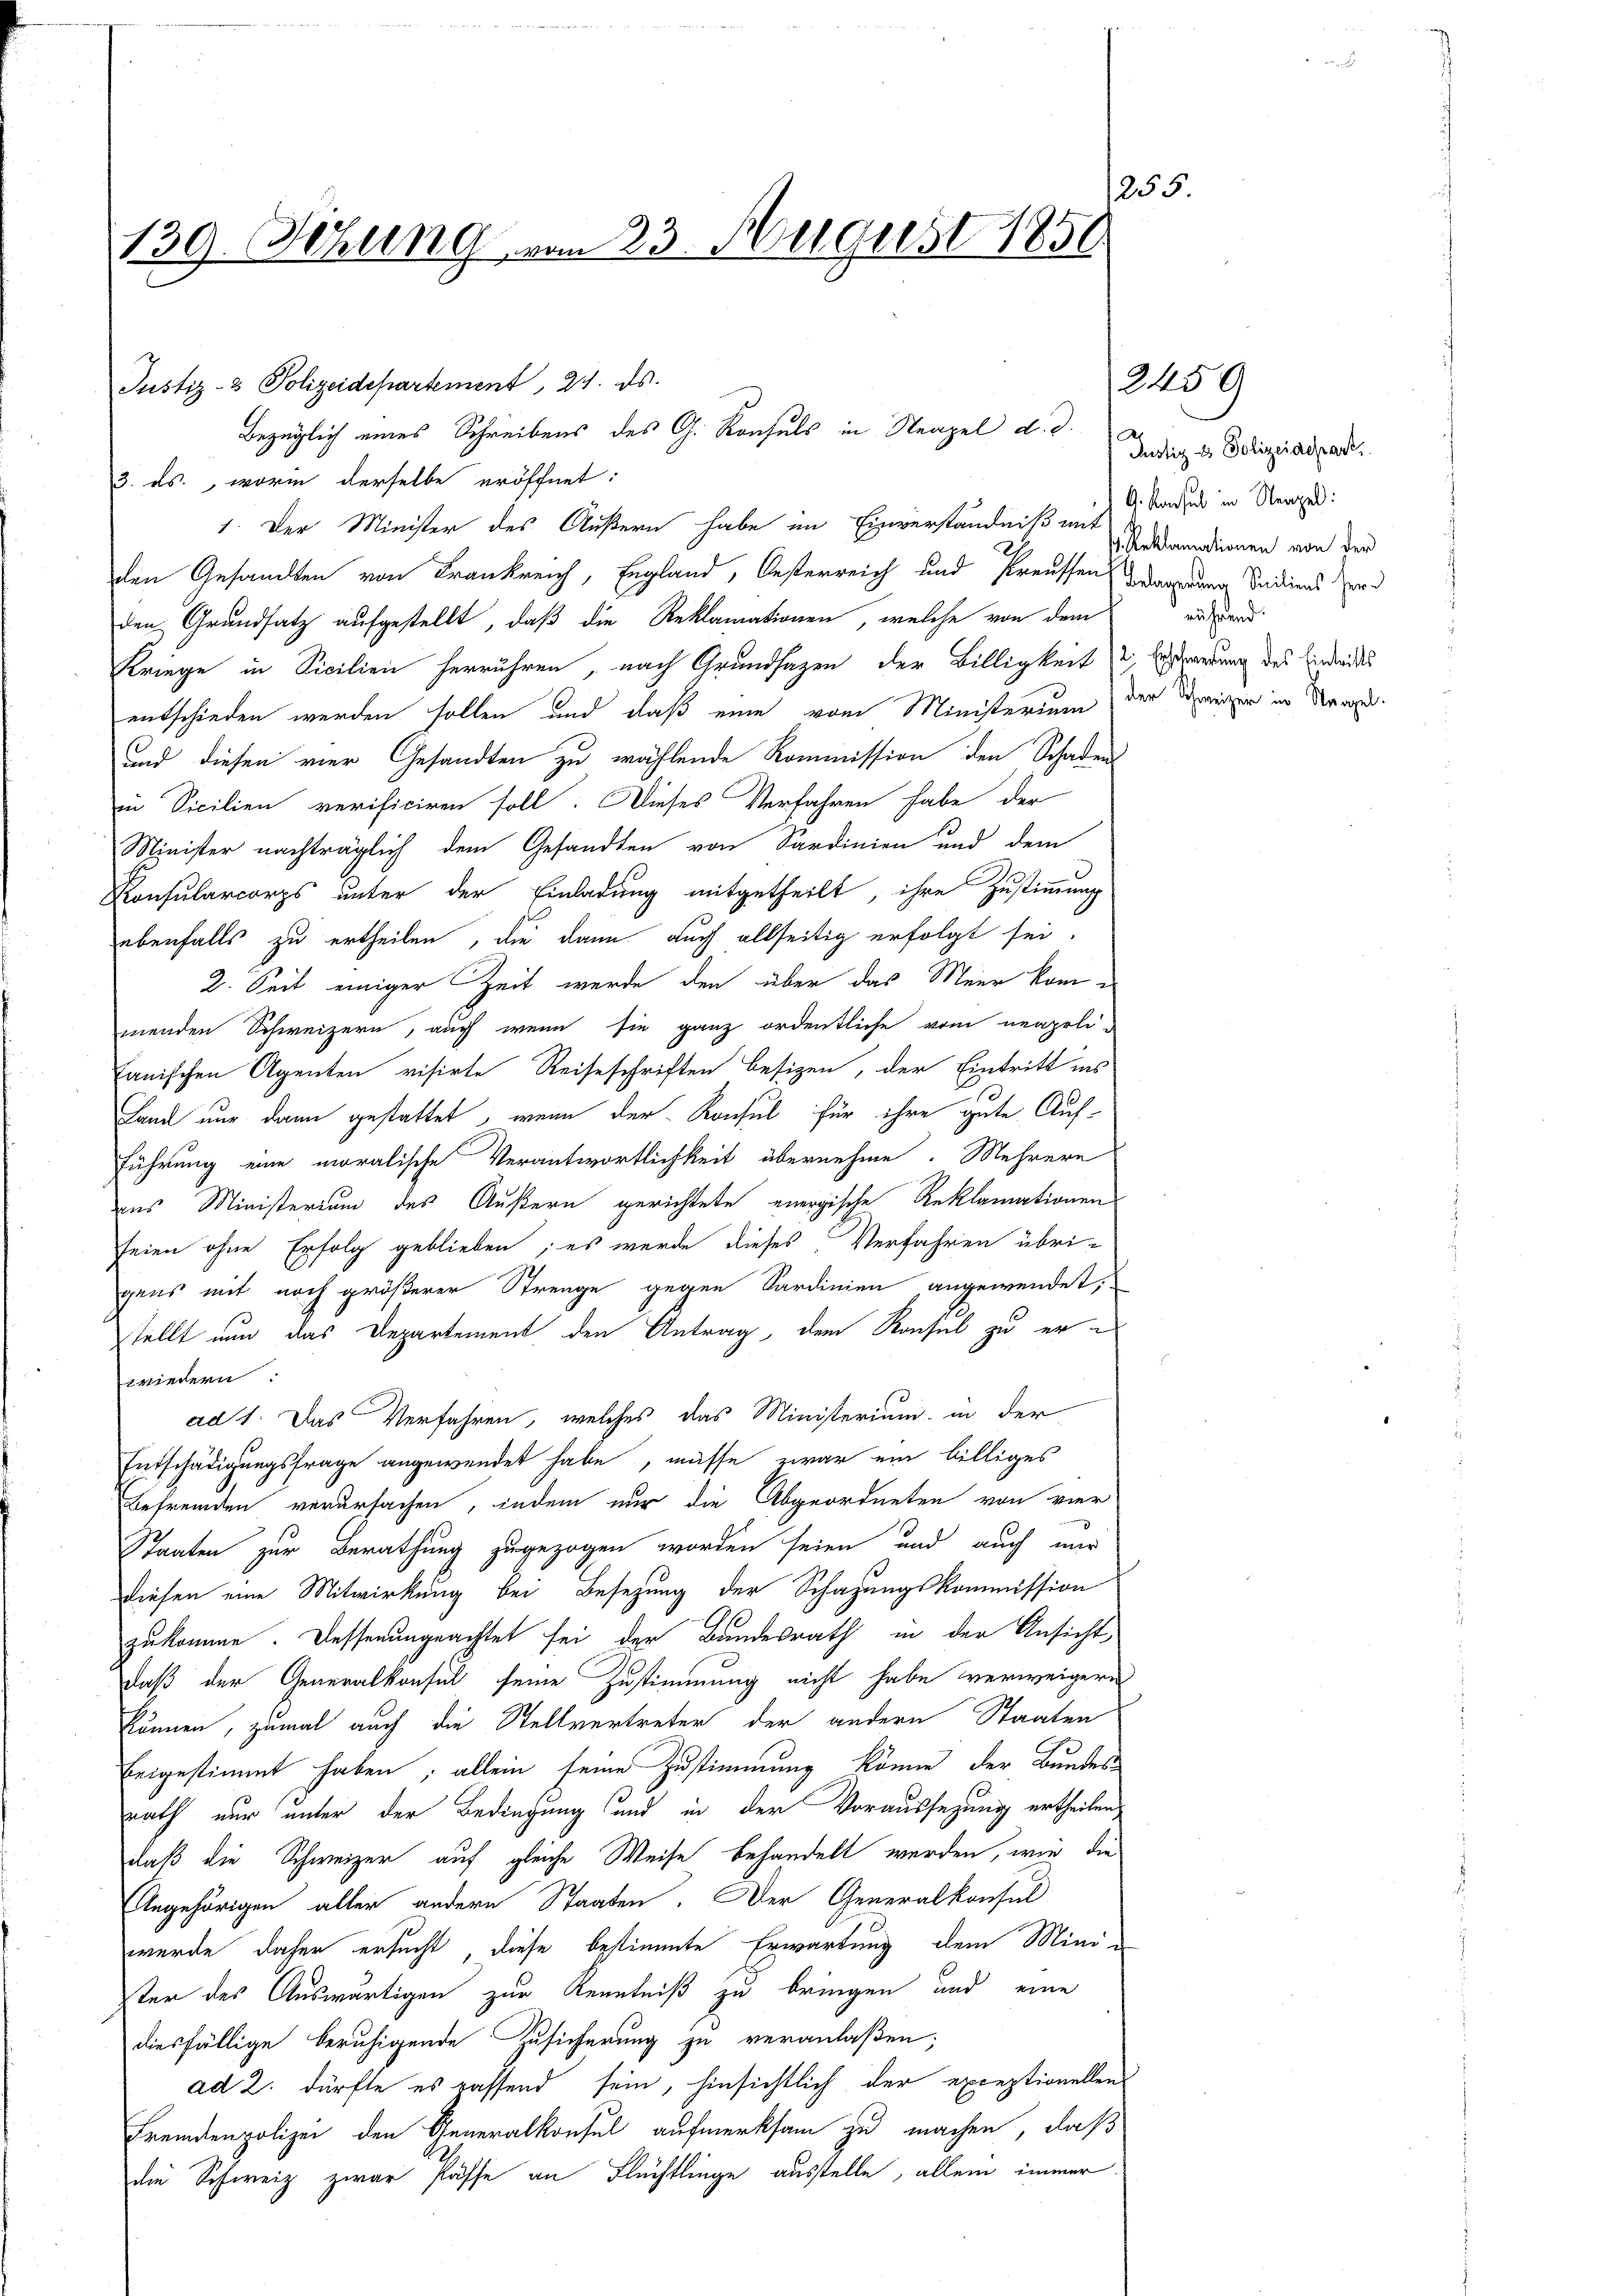
255.
139. Sitzung von 23. August 1850.

Justiz- & Polizeidepartement, 24. ds.
3. ds., worin derselbe eröffnet:
1. Der Minister des Äußern habe im Einverständniß mit
den Gesandten von Frankreich, England, Oesterreich und Preussen dassene Seidiens er
den Grundsatz aufgestellt, daß die Reklamationen, welche von dem
Kriege in Sicilien herrühren, nach Grundsazen der Billigkeit de Ersterung des Eindrucks
entschieden werden sollen und daß eine vom Ministerium der Schweizern in Strafe.
und diesen vier Gesandten zu wählende Kommission den Schadens-
in Sicilien verificiren soll. Dieses Verfahren habe der
Minister nachträglich dem Gesandten von Sardinien und dem
Konsularcorps unter der Einladung mitgetheilt, ihre Zustimmung
ebenfalls zu ertheilen, die dann auch allseitig erfolgt sei.
2. Seit einiger Zeit werde den über das Meer kommenden Schweizern, auch wenn sie ganz ordentliche vom neapolitanischen Agenten visirte Reiseschriften besizen, der Eintritt ins
Land nur dann gestattet, wenn der Konsul für ihre gute Auf-
führung eine moralische Verantwortlichkeit übernehme. Mehrere
aus Ministerium des Äußern gerichtete energische Reklamationen
seien ohne Erfolg geblieben; es wurde dieses Verfahren übrigens mit noch größerer Strenge gegen Sardinien angewendet;
stellt nun das Departement den Antrag, dem Konsul zu erwiedern
ad 1. Das Verfahren, welches das Ministerium in der
Entschädigungsfrage angewendet habe, müsse zwar ein billiges
Befremden verursachen, indem nur die Abgeordneten von vier
Staaten zur Berathung zugezogen worden seien und auch nur
diesen eine Mitwirkung bei Besetzung der Schazungskommission
zukomme. Dessenungeachtet sei der Bundesrath in der Ansicht
daß der Generalkonsul seine Zustimmung nicht habe verweigern
können, zumal auch die Stellvertreter der andern Staaten
beigestimmt haben; allein seine Zustimmung könne der Bundes
rath nur unter der Bedingung und in der Voraussezung ertheilen,
daß die Schweizer auf gleiche Weise behandelt werden, wie die
Angehörigen aller andern Staaten. Der Generalkonsul
wurde daher ersucht, diese bestimmte Erwartung dem Minister des Auswärtigen zur Kenntniß zu bringen und eine
diesfällige beruhigende Zusicherung zu veranlaßen;
ad 2. dürfte es rassend sein, hinsichtlich der exceptionellen
Fremdenpolizei den Generalkonsul aufmerksam zu machen, daß
die Schweiz zwar Pässe an Flüchtlinge ausstelle, allein immer

Bezüglich eines Schreibens des G. Konsuls in Neapel d. d.

Justiz & Polizeidepart
A. Konsul in Neapel:
I. Reklamationen von der
rährend.

2459